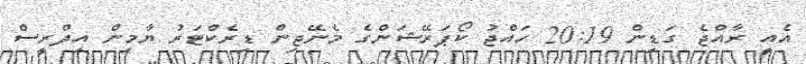
އެއީ ރާއްޖެ ގަޑިން 20:19 ހައްޖު ކޯޕަރޭޝަންގެ މެނޭޖިން ޑިރެކްޓަރު ޔާމިން އިދްރީސް